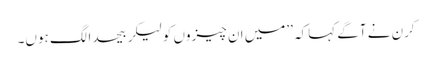
کرن نے آگے کہاکہ ’’میں ان چیزوں کولیکر بیحدالگ ہوں۔